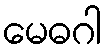
မေဓဂါ